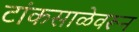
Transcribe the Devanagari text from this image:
टांकसाळेवरून